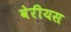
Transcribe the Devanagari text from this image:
वेरीयस